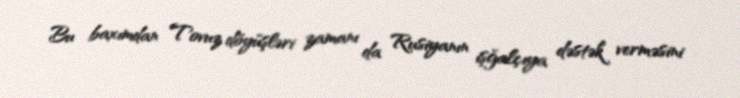
Bu baxımdan Tovuz döyüşləri zamanı da Rusiyanın işğalçıya dəstək verməsini